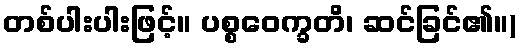
တစ်ပါးပါးဖြင့်။ ပစ္စဝေက္ခတိ၊ ဆင်ခြင်၏။)